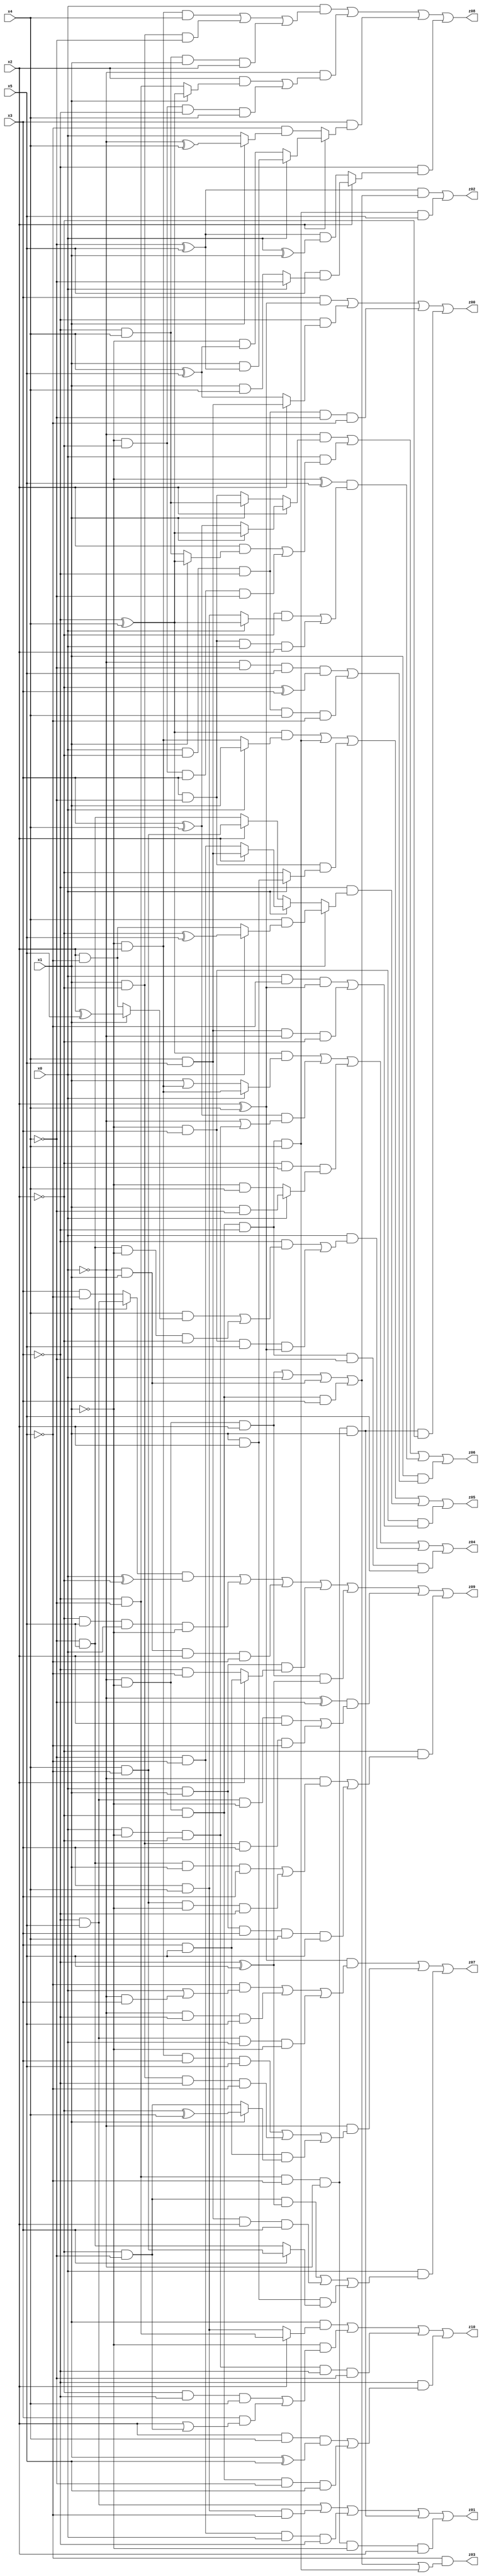
// Benchmark "X_40" written by ABC on Mon Jun 05 01:34:33 2023

module X_40 ( 
    x0, x1, x2, x3, x4, x5,
    z00, z01, z02, z03, z04, z05, z06, z07, z08, z09, z10  );
  input  x0, x1, x2, x3, x4, x5;
  output z00, z01, z02, z03, z04, z05, z06, z07, z08, z09, z10;
  assign z00 = (x3 & (x2 ^ x4)) | (~x3 & (x2 ? (x4 & x5) : (x4 ^ x5))) | (x0 & ~x2 & ~x3 & ~x4 & ~x5) | (~x3 & ~x4 & ~x5 & ~x0 & x1 & ~x2);
  assign z01 = (~x3 & x5) | (x3 & x4 & ~x5) | (~x4 & ~x5 & x0 & ~x3) | (~x3 & ~x4 & ~x5 & ~x0 & x1) | (~x3 & ~x4 & ~x5 & ~x0 & ~x1 & x2);
  assign z02 = ((~x4 ^ x5) & ((~x0 & ~x1 & x2) | x0 | (~x0 & x1) | (~x0 & ~x1 & ~x2 & x3))) | (~x0 & ~x1 & ~x2 & ~x3 & x4 & x5);
  assign z03 = ~x5 & ((~x0 & ~x1 & x2) | x0 | (~x0 & x1) | (~x0 & ~x1 & ~x2 & x3) | (~x0 & ~x1 & ~x2 & ~x3 & x4));
  assign z04 = ((~x3 ^ x4) & (x0 ? (~x1 & x2) : (x1 | (~x1 & x2)))) | ((x3 ^ x4) & (~x0 | (x0 & ~x1 & ~x2))) | (~x2 & x3 & (x0 ? (x1 & ~x4) : (~x1 & x4))) | (x0 & ((~x3 & ((x4 & (x1 ? (x2 ^ x5) : (x2 & ~x5))) | (~x4 & x5 & ~x1 & ~x2))) | (~x1 & x3 & x5 & (x2 ^ x4)))) | (~x0 & ~x1 & ~x2 & ~x3 & ~x4 & x5);
  assign z05 = ((~x3 ^ x4) & (x0 ? x1 : (~x1 & x2))) | (~x0 & ~x1 & ~x2 & ~x3 & x4) | (x3 & ~x4 & (x0 ? (x1 & x2) : ~x2)) | (~x3 & (x1 ? (x4 & (x0 ? (~x2 ^ x5) : (x2 & ~x5))) : (x0 ? (x2 ? (x4 & x5) : (~x4 & ~x5)) : (x2 ? (x4 & ~x5) : (~x4 & x5))))) | (~x1 & x3 & ((x0 & ~x5 & (x2 ^ x4)) | (x4 & x5 & ~x0 & ~x2)));
  assign z06 = (~x0 & (x2 ? (x1 ? (~x3 ^ x4) : (x3 ^ x4)) : (x1 ? (~x3 & x4) : (x3 & ~x4)))) | (x0 & ((x2 & (x1 ? (~x3 ^ x4) : (~x3 & x4))) | (~x1 & ~x2 & x3 & ~x4))) | ((~x1 ^ x5) & ((~x2 & (x0 ? (~x3 ^ x4) : (x3 & x4))) | (x3 & ~x4 & x0 & x2))) | (x1 & ((~x0 & ~x4 & x5 & (~x2 ^ x3)) | (x0 & ~x2 & ~x3 & x4 & ~x5)));
  assign z07 = ((x2 ^ x4) & ((~x5 & (x0 | (~x0 & x3))) | (~x0 & ~x3 & x5) | (~x3 & x5 & x0 & ~x1))) | (~x0 & ((~x1 & x2 & x3 & x5) | (x1 & ~x2 & ~x3 & ~x5) | (x3 & x5 & (x1 ? (~x2 ^ x4) : (~x2 & ~x4))))) | (x0 & ((~x2 & ~x4 & (~x3 ^ x5)) | (x4 & x5 & x2 & x3) | (x1 & x2 & (x3 ? (x4 & ~x5) : (~x4 & x5)))));
  assign z08 = (x0 & ((~x1 & x2 & x4) | (x1 & ~x2 & ~x4) | (~x3 & x4 & x1 & x2))) | (~x0 & ((x2 & (x1 ? (~x3 ^ x4) : (~x3 & ~x4))) | (~x1 & ~x2 & ~x3 & x4))) | (x3 & (x2 ? (x0 ? (x1 & (~x4 ^ x5)) : (~x1 & (x4 ^ x5))) : (~x5 & (x1 ? (~x0 ^ x4) : x0)))) | (~x3 & (x2 ? (x5 & (x0 ? ~x4 : (x1 & x4))) : ((~x4 ^ x5) & (x0 ^ x1))));
  assign z09 = ((x1 ? (~x3 & x5) : (x3 & ~x5)) & (x0 ^ ~x2)) | (~x2 & x5 & x0 & ~x1) | (~x0 & x1 & x2 & ~x5) | (x0 & x1 & (x2 ? (x3 & x5) : (~x3 & ~x5))) | (~x0 & ~x1 & x2 & (~x3 ^ x5)) | ((~x0 ^ ~x4) & ((~x3 & x5 & ~x1 & x2) | (x1 & ~x2 & x3 & ~x5))) | (~x2 & ((~x0 & ((~x4 & x5 & x1 & x3) | (x4 & ~x5 & ~x1 & ~x3))) | (x0 & x1 & x3 & x4 & x5)));
  assign z10 = (x1 & (x2 ? (~x3 & ~x4) : (x3 & x4))) | (~x1 & ((~x2 & ~x3 & x4) | (x3 & (x2 | (~x2 & ~x4))))) | (x0 & ~x1 & ~x2 & ~x3 & ~x4) | (~x3 & ((x2 & x4 & (x1 ^ x5)) | (~x0 & ~x1 & ~x2 & ~x4 & x5)));
endmodule